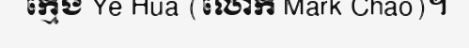
ក្មេង Ye Hua (លោក Mark Chao)។